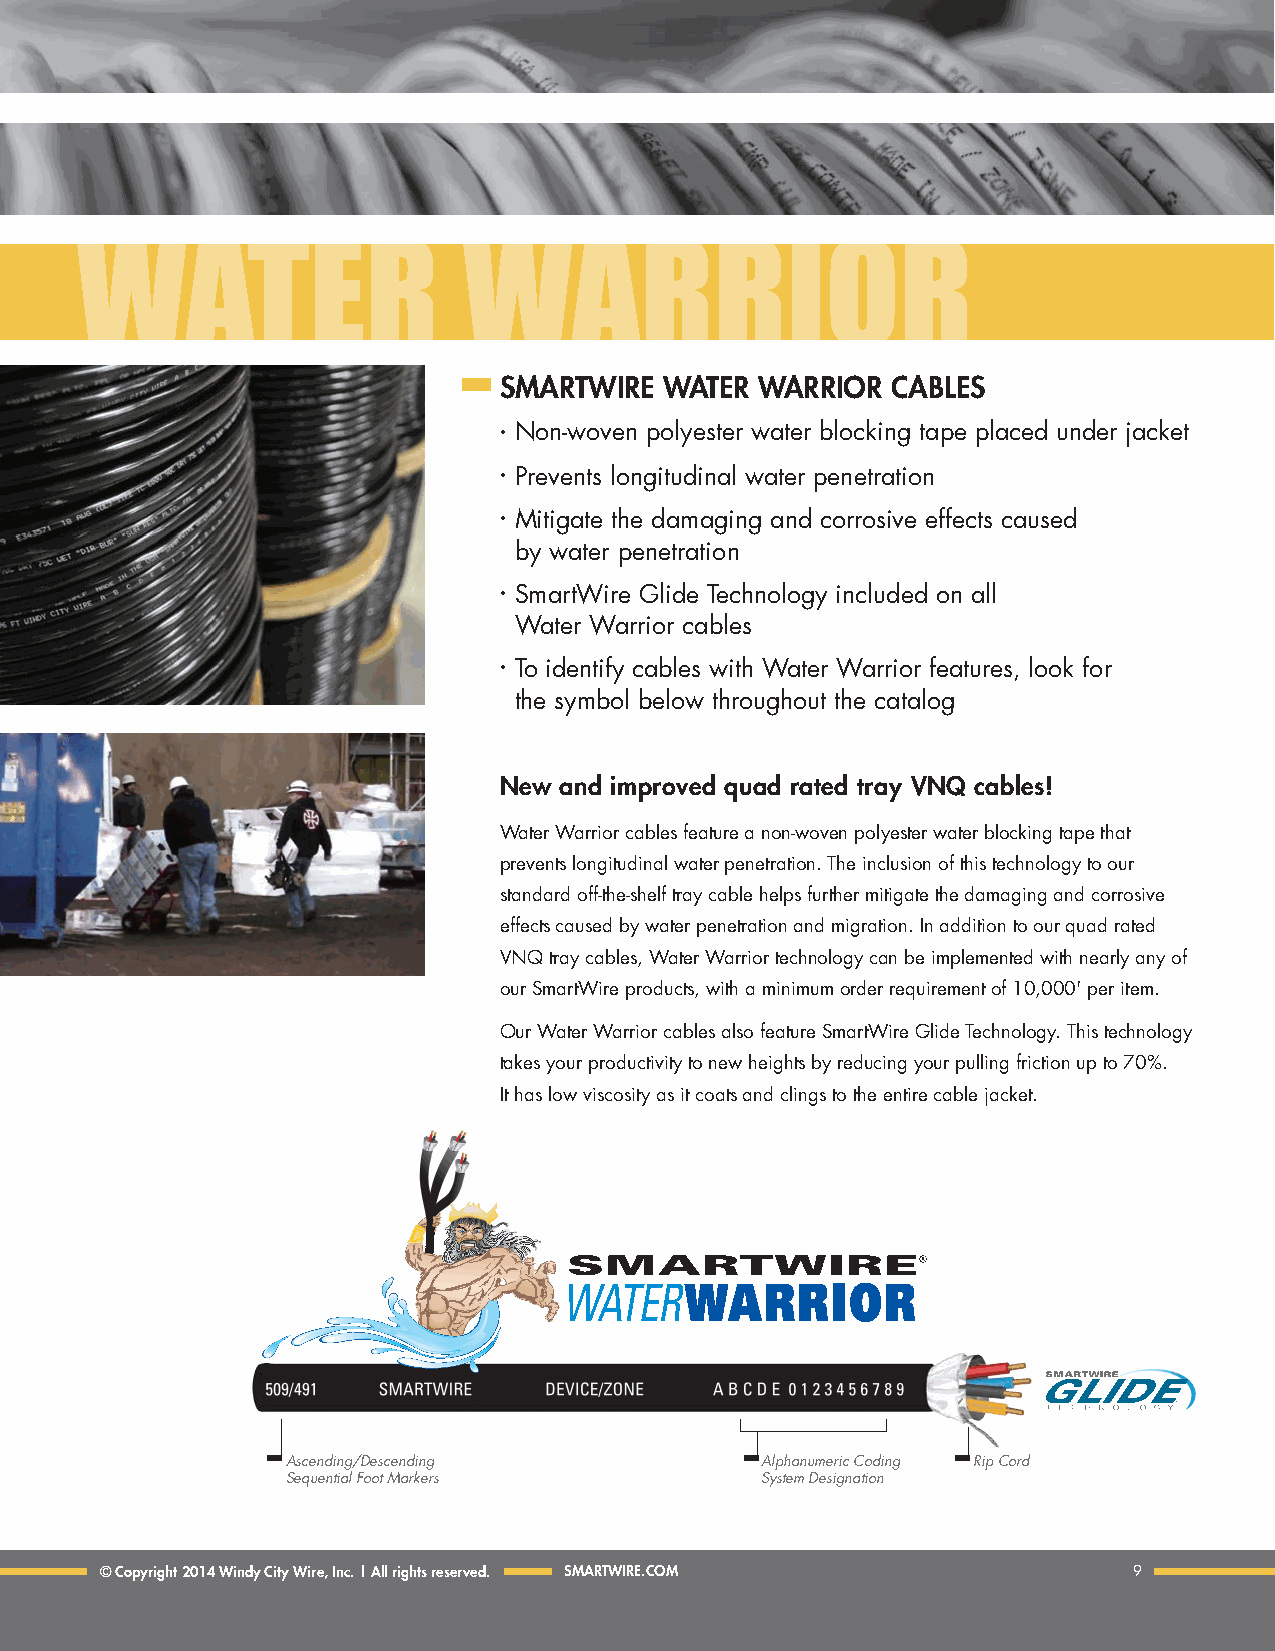
WATER                     WARRIOR
 SMARtWIRE  WAtER WARRIOR  CABLES
 • Non-woven polyester water blocking tape placed under jacket
 • Prevents longitudinal water penetration
 • Mitigate the damaging and corrosive effects caused
 by water penetration
 • SmartWire Glide Technology included on all
 Water Warrior cables
 • To identify cables with Water Warrior features, look for
 the symbol below throughout the catalog
 New and improved quad rated tray VNQ cables!
 Water Warrior cables feature a non-woven polyester water blocking tape that
 prevents longitudinal water penetration. The inclusion of this technology to our
 standard off-the-shelf tray cable helps further mitigate the damaging and corrosive
 effects caused by water penetration and migration. In addition to our quad rated
 VNQ tray cables, Water Warrior technology can be implemented with nearly any of
 our SmartWire products, with a minimum order requirement of 10,000' per item.
 Our Water Warrior cables also feature SmartWire Glide Technology. This technology
 takes your productivity to new heights by reducing your pulling friction up to 70%.
 It has low viscosity as it coats and clings to the entire cable jacket.
 Ascending/Descending           Alphanumeric Coding Rip Cord
 Sequential Foot Markers        System Designation
 © Copyright 2014 Windy City Wire, Inc. | All rights reserved. SMARtWIRE.COM 9